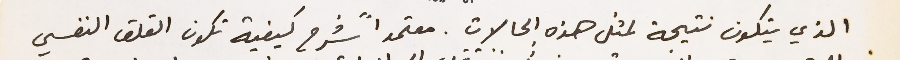
الذي يتكون نتيجة لمثل هذه الحالات. معتمداً شرح كيفية تكون القلق النفسي